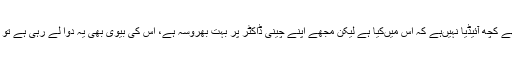
تو انہوں‌نے کہا نہیں‌مجھے کچھ آئیڈیا نہیں‌ہے کہ اس میں‌کیا ہے لیکن مجھے اپنے چینی ڈاکٹر پر بہت بھروسہ ہے، اس کی بیوی بھی یہ دوا لے رہی ہے تو یقینا” یہ اچھی دوا ہوگی۔